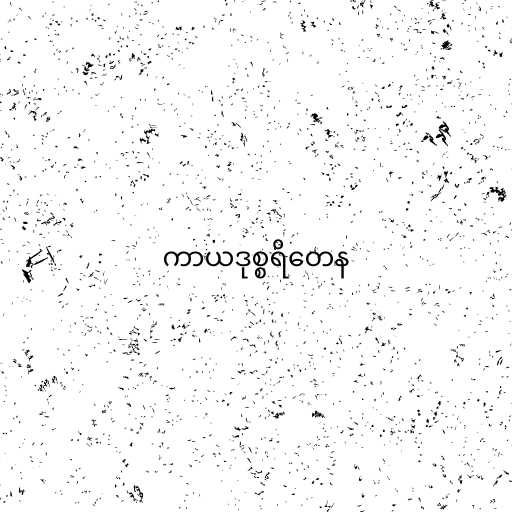
ကာယဒုစ္စရိတေန